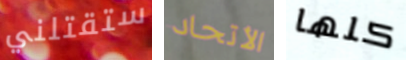
ستقتلني الأتحاد كلها